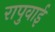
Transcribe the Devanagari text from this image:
रापुवाई